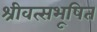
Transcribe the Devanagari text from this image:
श्रीवत्सभूषित